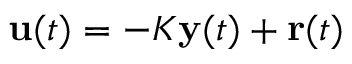
\mathbf { u } ( t ) = - K \mathbf { y } ( t ) + \mathbf { r } ( t )